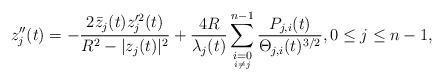
LaTeX: \begin{align*}z_j''(t) = -\frac{2\bar{z}_j(t)z_j'^2(t)}{R^2-\vert z_j(t)\vert^2} + \frac{4R}{\lambda_j(t)}\sum_{\underset{i\neq j}{i=0}}^{n-1}\frac{P_{j,i}(t)}{\Theta_{j,i}(t)^{3/2}}, 0\leq j\leq n-1,\end{align*}